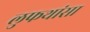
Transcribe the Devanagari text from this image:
लुफथांसा